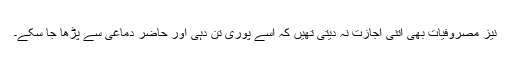
نیز مصروفیات بھی اتنی اجازت نہ دیتی تھیں کہ اسے پوری تن دہی اور حاضر دماغی سے پڑھا جا سکے۔